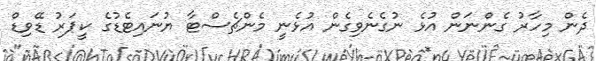
ދެން މިހާރު ގެންނަން އުޅެ ނުގެނެވިގެން އުޅެނީ މެންޗެސްޓާ ޔުނައިޓެޑުގެ ކީޕަރު ޑޭވިޑް